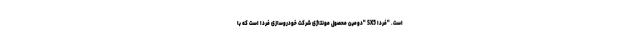
است. "فردا SX5 "دومین محصول مونتاژی شرکت خودروسازی فردا است که با